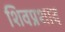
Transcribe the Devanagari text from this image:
शिवप्रशाद